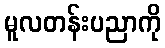
မူလတန်းပညာကို